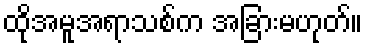
ထိုအမူအရာသစ်က အခြားမဟုတ်။